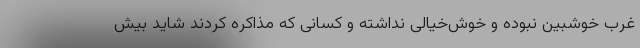
غرب خوشبین نبوده و خوش‌خیالی نداشته و کسانی که مذاکره کردند شاید بیش